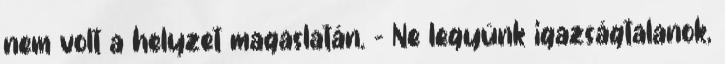
nem volt a helyzet magaslatán. - Ne legyünk igazságtalanok,